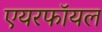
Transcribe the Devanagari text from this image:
एयरफॉयल